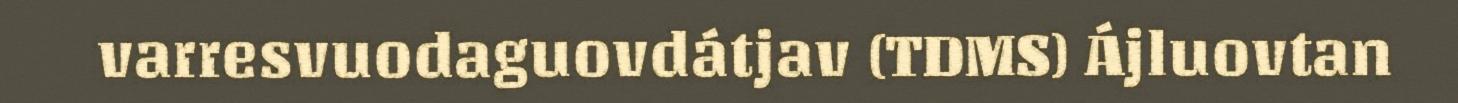
varresvuodaguovdátjav (TDMS) Ájluovtan